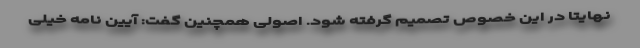
نهایتا در این خصوص تصمیم گرفته شود. اصولی همچنین گفت: آیین نامه خیلی